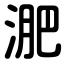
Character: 淝